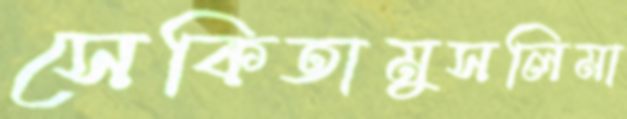
সেকিতামুসলিমা